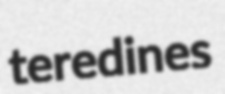
teredines